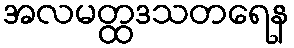
အလမတ္ထဒသတရေန